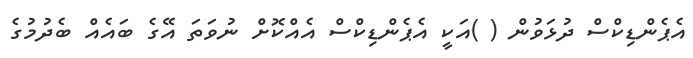
އެޕެންޑިކްސް ދުޅަވުން ( )އަކީ އެޕެންޑިކްސް އެއްކޮށް ނުވަތަ އޭގެ ބައެއް ބެދުމުގެ